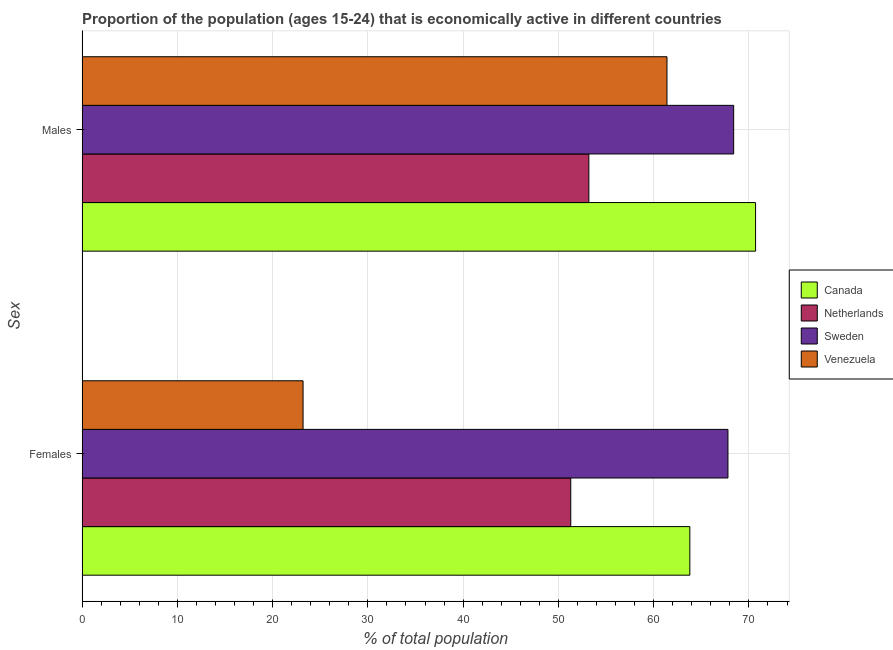
| Sex | Canada | Netherlands | Sweden | Venezuela |
 | --- | --- | --- | --- | --- |
 | Females | 63.8 | 51.3 | 67.8 | 23.2 |
 | Males | 70.7 | 53.2 | 68.4 | 61.4 |